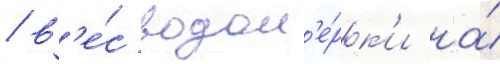
/ в'е́с водом'е́рк'и на́